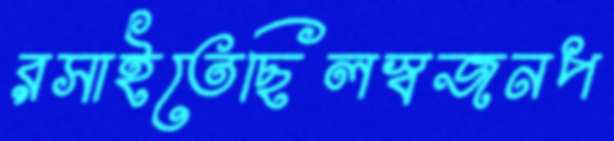
রসাইতেছিলস্বজনপ